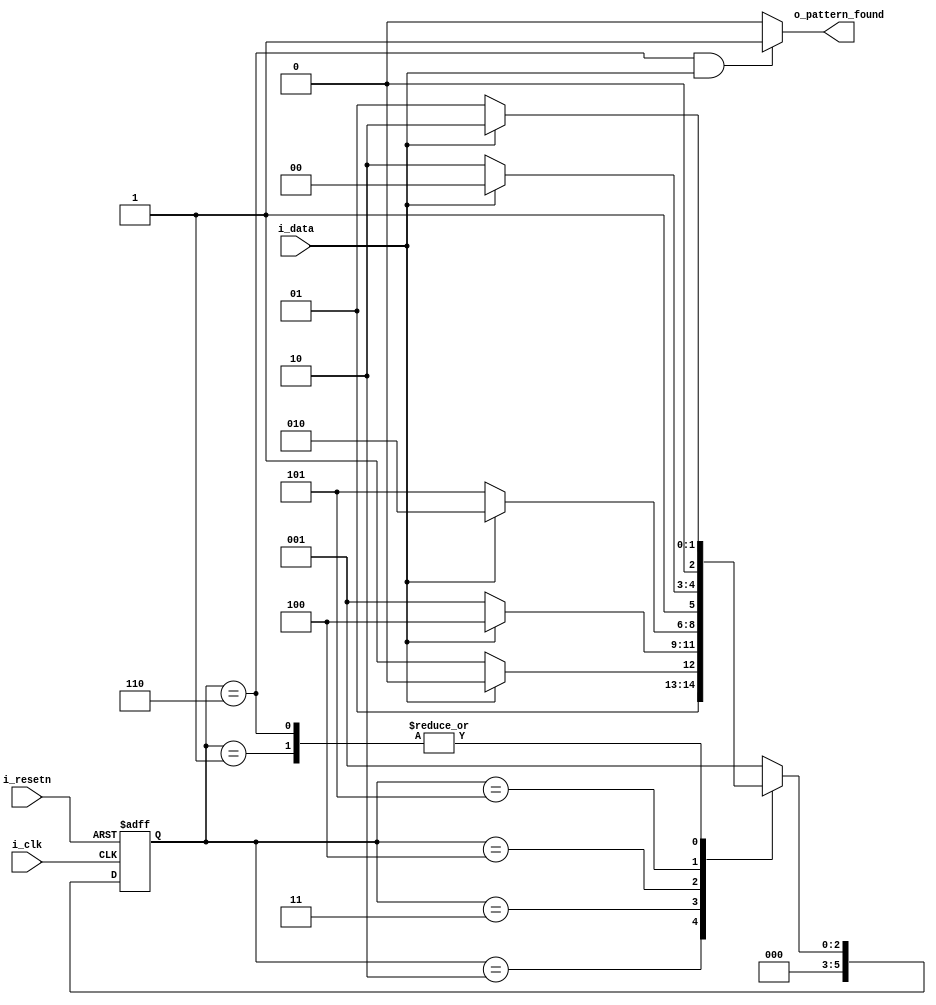
//////////////////////////////////////////////////////////////////////
// Module Name: sequence detector.v
// Description: sequence_detector_FSM_101001 for 101001
// Designer: Barney Peng
//////////////////////////////////////////////////////////////////////


module sequence_detector_FSM_101001 (
	input i_clk,
	input i_resetn,
	input i_data,



	output o_pattern_found



);

	parameter WIDTH = 6; /* 6  bit counter*/
	//parameter TGT_pattern = 6'b101001; 



	parameter S_initial = 6'd1,
			  S1 = 6'd2, //S1
			  S10 = 6'd3,	//S10
			  S101 = 6'd4,	//S101
			  S1010 = 6'd5, //S1010
			  S10100 = 6'd6; //S10100
			   
 	reg [WIDTH-1 : 0] cur_state, next_state; //current state and next state


	wire clk_gate;		// gated clock
	
	
	assign clk_gate = i_clk;


	// Sequence Detector: initial state is S_initial	
	always @(negedge i_resetn or posedge clk_gate)       // At every positive edge of the clock or negative edge of restn
		begin
			if  (~i_resetn)
				cur_state <= S_initial;		 // If reset is asserted, set the state to S_initial (initial State)
			else
				cur_state <= next_state;         // Else, set the state to the next state
		end// Sequence Detector: initial state is S_initial


	// Sequence Detector
	always @(cur_state or i_data)
	 begin
		case(cur_state)
			S_initial: begin
				if(i_data == 1'b1)
					next_state = S1;
				else
					 next_state = S_initial;
			end
			S1: begin
				if(i_data == 1'b1)
					next_state = S1;
				else
					 next_state = S10;			
			end
			S10: begin
				if(i_data == 1'b1)
					next_state = S101;
				else
					 next_state = S_initial;
			end
			S101: begin
				if(i_data == 1'b1)
					next_state = S1;
				else
					 next_state = S1010;
			end
			S1010: begin
				if(i_data == 1'b1)
					next_state = S101;
				else
					 next_state = S10100;
			end
			S10100: begin
				if(i_data == 1'b1)
					next_state = S1; // detected the pattern
				else
					 next_state = S_initial;
			end
			default: next_state = S_initial;
		endcase
	
	 end	
	
	


	assign o_pattern_found = (cur_state == S10100) && (i_data == 1)? 1:0;


endmodule // sequence_detector_FSM_101001